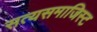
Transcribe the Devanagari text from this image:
सत्यसमाजिस्ट